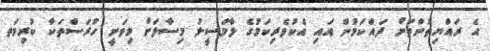
އެ ރައްޔިތުންތަށް ދައްކަމުން އައި އެކުވެރިކަމުގެ ލާމަސީލު މިސާލަށް މިވަނީ ހުރަސްތަކާ ކުރިމަތ